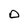
Character: 0